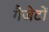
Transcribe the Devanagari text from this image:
गैजेटों